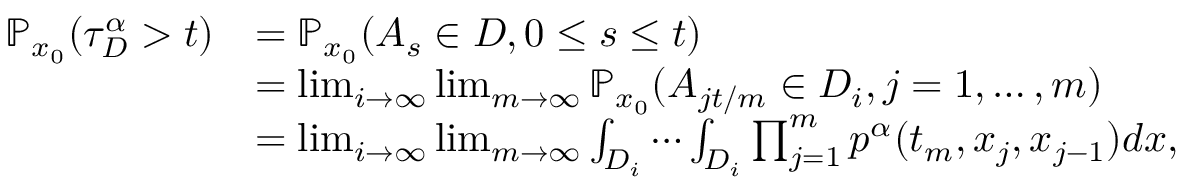
\begin{array} { r l } { \mathbb { P } _ { x _ { 0 } } ( \tau _ { D } ^ { \alpha } > t ) } & { = \mathbb { P } _ { x _ { 0 } } ( A _ { s } \in D , 0 \le s \le t ) } \\ & { = \operatorname* { l i m } _ { i \rightarrow \infty } \operatorname* { l i m } _ { m \rightarrow \infty } \mathbb { P } _ { x _ { 0 } } ( A _ { j t / m } \in D _ { i } , j = 1 , \dots , m ) } \\ & { = \operatorname* { l i m } _ { i \rightarrow \infty } \operatorname* { l i m } _ { m \rightarrow \infty } \int _ { D _ { i } } \cdots \int _ { D _ { i } } \prod _ { j = 1 } ^ { m } p ^ { \alpha } ( t _ { m } , x _ { j } , x _ { j - 1 } ) d x , } \end{array}